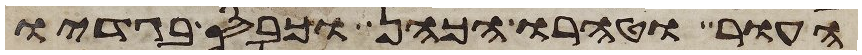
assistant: העור וטהרו הכהן וכבס בגדיו